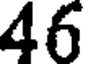
46